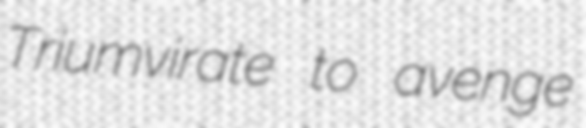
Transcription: Triumvirate to avenge